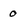
Character: 0